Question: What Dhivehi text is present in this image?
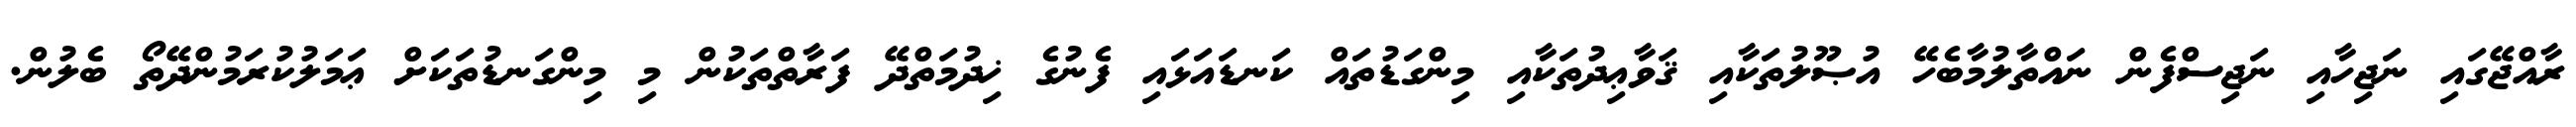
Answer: ރާއްޖޭގައި ނަޖިހާއި ނަޖިސްފެން ނައްތާލުމާބެހޭ އުޞޫލުތަކާއި ޤަވާޢިދުތަކާއި މިންގަޑުތައް ކަނޑައަޅައި ފެނުގެ ޚިދުމަތްދޭ ފަރާތްތަކުން މި މިންގަނޑުތަކަށް ޢަމަލުކުރަމުންދޭތޯ ބެލުން.